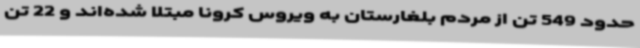
حدود 549 تن از مردم بلغارستان به ویروس کرونا مبتلا شده‌اند و 22 تن